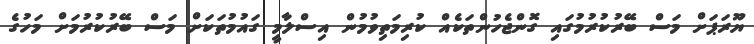
ޔޫރަޕަށް މަސް ބޭރުކުރުމުގައި ގޮންޖެހުންތަކެއް ކުރިމަތިވުމުން އިސްލާމީ ގައުމުތަކަށް މަސް ބޭރުކުރުމަށް މަހުގެ